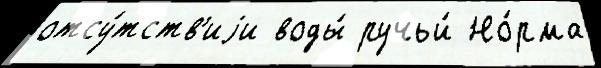
отсу́тств'иjи воды́ ручьи́ Но́рма